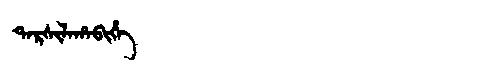
Manchu: ᡨᠠᡵᠰᡳᠯᠠᡥᠠᠪᡳᡥᡝ
Romanization: TARSILAHABIHE